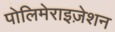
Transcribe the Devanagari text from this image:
पोलिमेराइज़ेशन